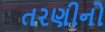
તરણીનો